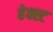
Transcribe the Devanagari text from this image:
हेक्स्ट